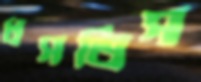
ধসতিস